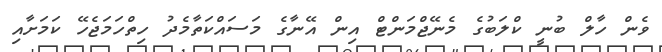
ވެން ހާލް ބުނީ ކްލަބުގެ މެނޭޖްމަންޓް އިން އޭނާގެ މަސައްކަތާމެދު ހިތްހަމަޖެހޭ ކަމަށާއި